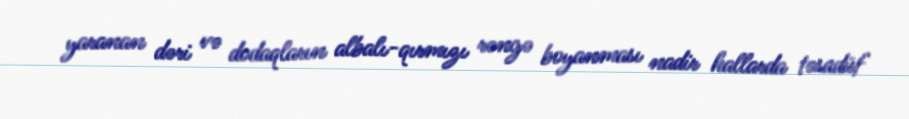
yaranan dəri və dodaqların albalı-qırmızı rəngə boyanması nadir hallarda təsadüf